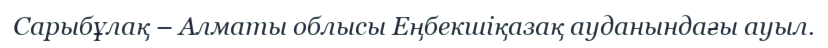
Сарыбұлақ – Алматы облысы Еңбекшіқазақ ауданындағы ауыл.